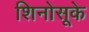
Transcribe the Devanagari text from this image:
शिनोसूके